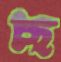
ছ